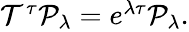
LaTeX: \begin{array}{r}{\mathcal{T}^{\tau}\mathcal{P}_{\lambda}=e^{\lambda\tau}\mathcal{P}_{\lambda}.}\end{array}